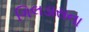
ગિલડાસના